Report on vaccination in the Province of Bengal - 1869-1873
Year: 1869
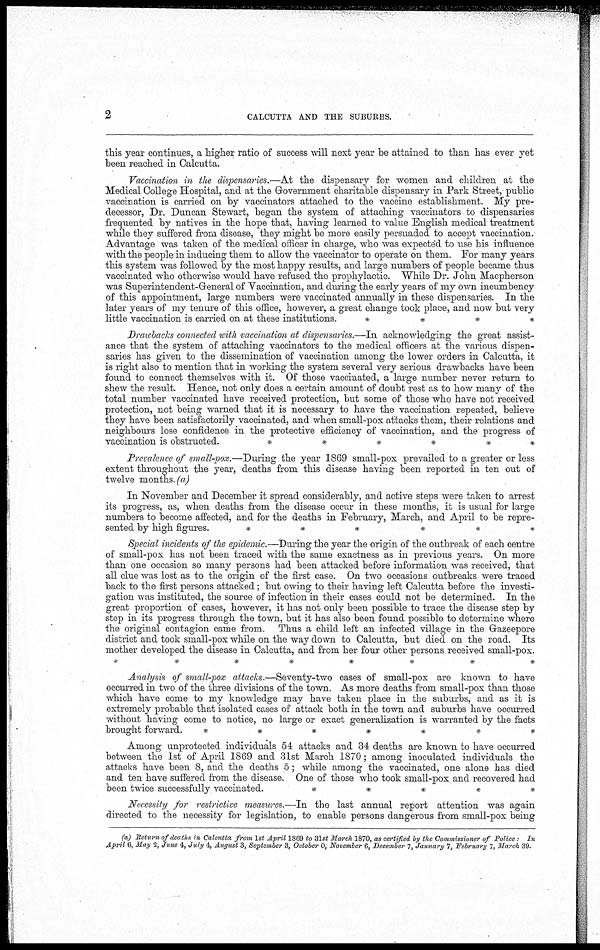
2
CALCUTTA AND THE SUBURBS.
this year continues, a higher ratio of success will next year be attained to than has ever yet
been reached in Calcutta.
Vaccination in the dispensaries.—At the dispensary for women and children at the
Medical College Hospital, and at the Government charitable dispensary in Park Street, public
vaccination is carried on by vaccinators attached to the vaccine establishment. My pre-
decessor, Dr. Duncan Stewart, began the system of attaching vaccinators to dispensaries
frequented by natives in the hope that, having learned to value English medical treatment
while they suffered from disease, they might be more easily persuaded to accept vaccination.
Advantage was taken of the medical officer in charge, who was expected to use his influence
with the people in inducing them to allow the vaccinator to operate on them. For many years
this system was followed by the most happy results, and large numbers of people became thus
vaccinated who otherwise would have refused the prophylactic. While Dr. John Macpherson
was Superintendent-General of Vaccination, and during the early years of my own incumbency
of this appointment, large numbers were vaccinated annually in these dispensaries. In the
later years of my tenure of this office, however, a great change took place, and now but very
little vaccination is carried on at these institutions.
*
*
*
*
Drawbacks connected with vaccination at dispensaries.—In acknowledging the great assist-
ance that the system of attaching vaccinators to the medical officers at the various dispen-
saries has given to the dissemination of vaccination among the lower orders in Calcutta, it
is right also to mention that in working the system several very serious drawbacks have been
found to connect themselves with it. Of those vaccinated, a large number never return to
shew the result. Hence, not only does a certain amount of doubt rest as to how many of the
total number vaccinated have received protection, but some of those who have not received
protection, not being warned that it is necessary to have the vaccination repeated, believe
they have been satisfactorily vaccinated, and when small-pox attacks them, their relations and
neighbours lose confidence in the protective efficiency of vaccination, and the progress of
vaccination is obstructed.
*
*
*
*
*
*
Prevalence of small-pox.—During the year 1869 small-pox prevailed to a greater or less
extent throughout the year, deaths from this disease having been reported in ten out of
twelve months. (a)
In November and December it spread considerably, and active steps were taken to arrest
its progress, as, when deaths from the disease occur in these months, it is usual for large
numbers to become affected, and for the deaths in February, March, and April to be repre-
sented by high
figures.
*
*
*
*
*
*
Special incidents of the epidemic.—During the year the origin of the outbreak of each centre
of small-pox has not been traced with the same exactness as in previous years. On more
than one occasion so many persons had been attacked before information was received, that
all clue was lost as to the origin of the first case. On two occasions outbreaks were traced
back to the first persons attacked; but owing to their having left Calcutta before the investi-
gation was instituted, the source of infection in their cases could not be determined. In the
great proportion of cases, however, it has not only been possible to trace the disease step by
step in its progress through the town, but it has also been found possible to determine where
the original contagion came from. Thus a child left an infected village in the Gazeepore
district and took small-pox while on the way down to Calcutta, but died on the road. Its
mother developed the disease in Calcutta, and from her four other persons received small-pox.
*
*
*
*
*
*
*
*
Analysis of small-pox attacks.—Seventy-two cases of small-pox are known to have
occurred in two of the three divisions of the town. As more deaths from small-pox than those
which have come to my knowledge may have taken place in the suburbs, and as it is
extremely probable that isolated cases of attack both in the town and suburbs have occurred
without having come to notice, no large or exact generalization is warranted by the facts
brought forward.
*
*
*
*
*
*
*
Among unprotected individuals 54 attacks and 34 deaths are known to have occurred
between the 1st of April 1869 and 31st March 1870; among inoculated individuals the
attacks have been 8, and the deaths 5; while among the vaccinated, one alone has died
and ten have suffered from the disease. One of those who took small-pox and recovered had
been twice successfully vaccinated.
*
*
*
*
*
Necessity for restrictive measures.—In the last annual report attention was again
directed to the necessity for legislation, to enable persons dangerous from small-pox being
(a) Return of deaths in Calcutta from 1st April 1869 to 31st March 1870, as certified by the Commissioner of Police
In
April 6, May 2, June 4, July 4, August 3, September 3, October 0, November 6, December 7, January 7, February 7, March 39.